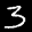
Label: 3